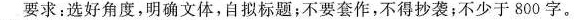
要求：选好角度，明确文体，自拟标题；不要套作，不得抄袭；不少于800字。